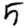
Digit: 5